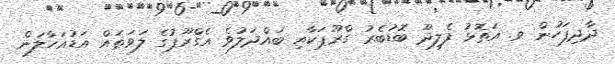
ދާދިފަހުން ވ. އަތޮޅު ފެލިދޫ ބޮޑުބެރު ގްރޫޕަކާއި ބައްދަލުވެ އެގްރޫޕުގެ ލަވަތައް އަޑުއަހާލަން